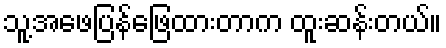
သူ့အဖေပြန်ဖြေထားတာက ထူးဆန်းတယ်။